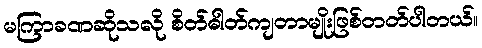
မကြာခဏဆိုသလို စိတ်ဓါတ်ကျတာမျိုးဖြစ်တတ်ပါတယ်။